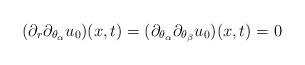
LaTeX: \begin{align*}(\partial_r\partial_{\theta_\alpha}u_0)(x,t)=(\partial_{\theta_\alpha}\partial_{\theta_\beta}u_0)(x,t)=0\end{align*}